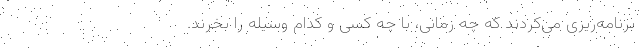
برنامه‌ریزی می‌کردند که چه زمانی، با چه کسی و کدام وسیله را بخرند.